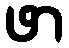
ဖာ